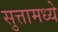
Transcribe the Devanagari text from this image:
सुत्तामध्ये